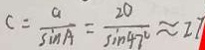
c = \frac { a } { \sin A } = \frac { 2 0 } { \sin 4 7 ^ { \circ } } \approx 2 7